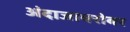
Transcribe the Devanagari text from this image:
अंदाजाबरोबर